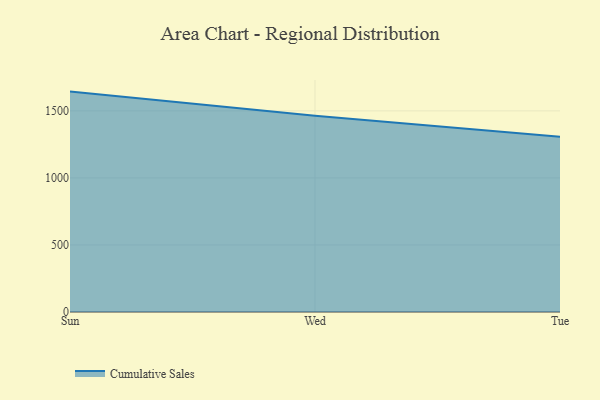
{"axis": {"x": "Day", "y": "Net Income (USD K)"}, "legend": ["Cumulative Sales"], "data": [{"x": "Sun", "y": 1643.8, "type": "Cumulative Sales"}, {"x": "Wed", "y": 1463.2, "type": "Cumulative Sales"}, {"x": "Tue", "y": 1306.5, "type": "Cumulative Sales"}]}